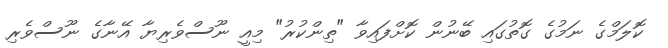
ކޮލަމްގެ ނަމުގެ ގޮތުގައި ބޭނުން ކޮށްފައިވާ "ތިންކުރު" މިއީ ނޫސްވެރިޔާ އޭނާގެ ނޫސްވެރި